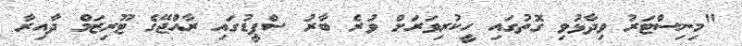
"މިނިސްޓަރު ވިދާޅުވި ގޮތުގައި ހީކުރިވަރަށް ވުރެ ބާރު ސްޕީޑުގައި ރާއްޖޭގެ ޓޫރިޒަމް ދާއިރާ